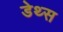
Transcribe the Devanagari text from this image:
डेथ्स